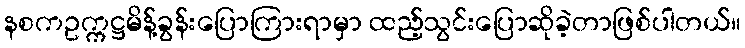
နစကဥက္ကဋ္ဌမိန့်ခွန်းပြောကြားရာမှာ ထည့်သွင်းပြောဆိုခဲ့တာဖြစ်ပါတယ်။